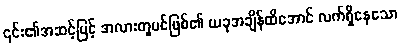
၎င်း၏အဆင့်မြင့် အလားတူပင်ဖြစ်၏ ယခုအချိန်ထိအောင် လက်ရှိနေသော